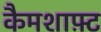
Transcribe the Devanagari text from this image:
कैमशाफ़्ट